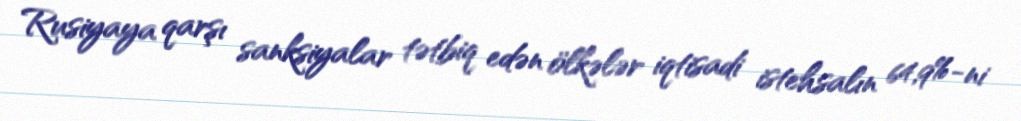
Rusiyaya qarşı sanksiyalar tətbiq edən ölkələr iqtisadi istehsalın 64,9%-ni